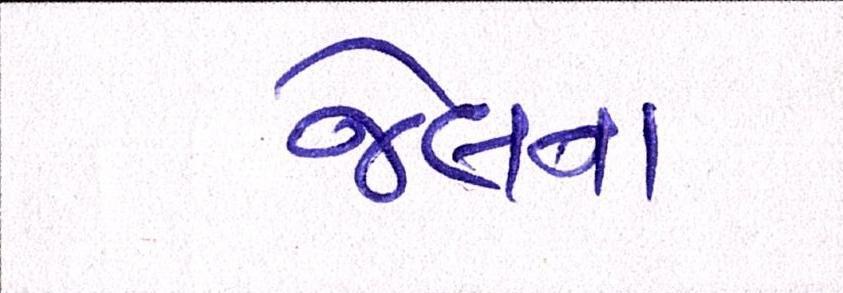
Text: જેલના